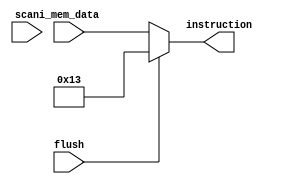
/** @module : fetch_receive
 *  @author : Adaptive & Secure Computing Systems (ASCS) Laboratory

 *  Copyright (c) 2019 BRISC-V (ASCS/ECE/BU)
 *  Permission is hereby granted, free of charge, to any person obtaining a copy
 *  of this software and associated documentation files (the "Software"), to deal
 *  in the Software without restriction, including without limitation the rights
 *  to use, copy, modify, merge, publish, distribute, sublicense, and/or sell
 *  copies of the Software, and to permit persons to whom the Software is
 *  furnished to do so, subject to the following conditions:
 *  The above copyright notice and this permission notice shall be included in
 *  all copies or substantial portions of the Software.

 *  THE SOFTWARE IS PROVIDED "AS IS", WITHOUT WARRANTY OF ANY KIND, EXPRESS OR
 *  IMPLIED, INCLUDING BUT NOT LIMITED TO THE WARRANTIES OF MERCHANTABILITY,
 *  FITNESS FOR A PARTICULAR PURPOSE AND NONINFRINGEMENT. IN NO EVENT SHALL THE
 *  AUTHORS OR COPYRIGHT HOLDERS BE LIABLE FOR ANY CLAIM, DAMAGES OR OTHER
 *  LIABILITY, WHETHER IN AN ACTION OF CONTRACT, TORT OR OTHERWISE, ARISING FROM,
 *  OUT OF OR IN CONNECTION WITH THE SOFTWARE OR THE USE OR OTHER DEALINGS IN
 *  THE SOFTWARE.
 */

module fetch_receive #(
  parameter DATA_WIDTH      =   32,
  parameter SCAN_CYCLES_MIN =    0,
  parameter SCAN_CYCLES_MAX = 1000
)(
  // Control signals
  input  flush,

  // Instruction memory interface
  input  [DATA_WIDTH-1  :0] i_mem_data,

  // Outputs to with decode
  output [DATA_WIDTH-1  :0] instruction,

  //scan signal
  input scan
);

localparam NOP = 32'h00000013;

assign instruction = flush ? NOP : i_mem_data;

endmodule